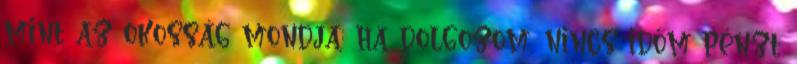
mint az okosság mondja: ha dolgozom, nincs időm pénzt